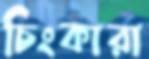
চিংকারা